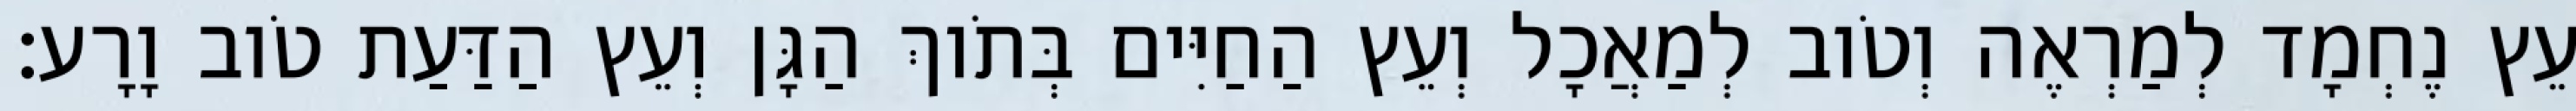
עֵץ נֶחְמָד לְמַרְאֶה וְטֹוב לְמַאֲכָל וְעֵץ הַחַיִּים בְּתֹוךְ הַגָּן וְעֵץ הַדַּעַת טֹוב וָרָע׃